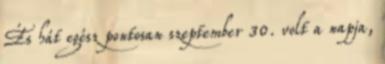
És hát egész pontosan szeptember 30. volt a napja,